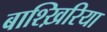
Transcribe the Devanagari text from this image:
बाश्ख़िरिया